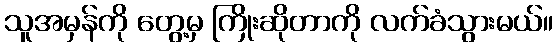
သူအမှန်ကို တွေ့မှ ကြိုးဆိုတာကို လက်ခံသွားမယ်။